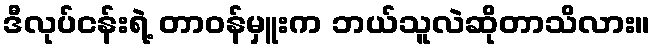
ဒီလုပ်ငန်းရဲ့ တာဝန်မှူးက ဘယ်သူလဲဆိုတာသိလား။